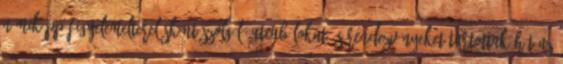
némiképp figyelemelterelésként szolgáló utcabálokat és rendezvényeket tartottak hát az